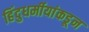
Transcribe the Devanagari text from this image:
हिंदुधर्मीयांकडून